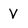
Character: V